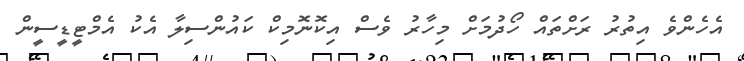
އެހެންވެ އިތުރު ރަށްތައް ހޯދުމަށް މިހާރު ވެސް އިކޮނޮމިކް ކައުންސިލާ އެކު އެމްޓީޑީސީން